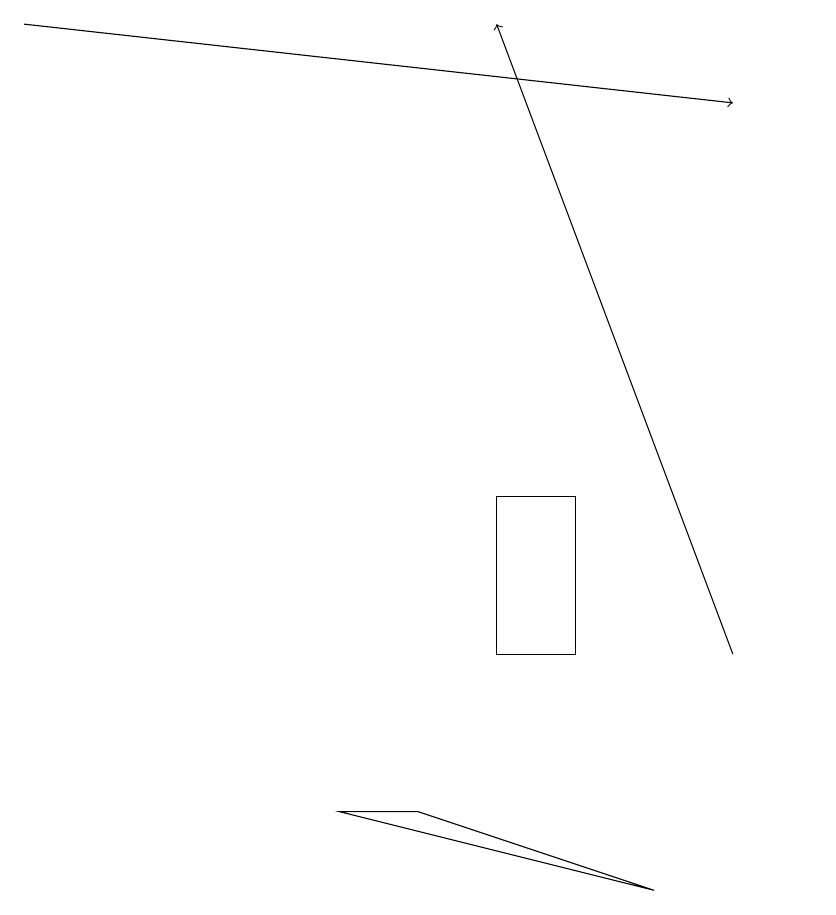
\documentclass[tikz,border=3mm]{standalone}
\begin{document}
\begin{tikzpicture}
\draw (10,11) circle (0);
\draw[->] (0,19) -- (9,18);
\draw (8,8) -- (5,9) -- (4,9) -- cycle;
\draw (6,13) rectangle (7,11);
\draw[->] (9,11) -- (6,19);
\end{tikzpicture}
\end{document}